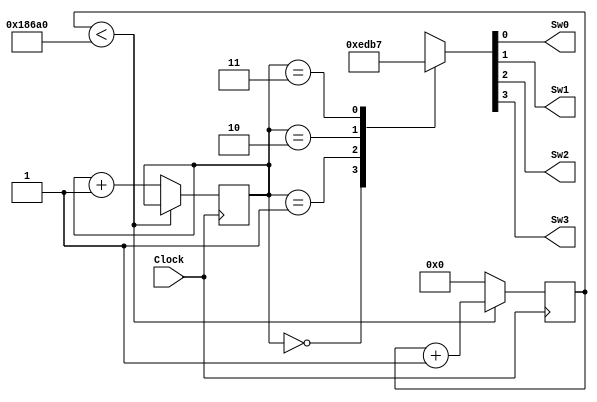
`timescale 1ns / 1ps
//////////////////////////////////////////////////////////////////////////////////
// Company: 
// Engineer: 
// 
// Design Name: 
// Module Name:    Selectordigito 
// Project Name: 
// Target Devices: 
// Tool versions: 
// Description: 
//
// Dependencies: 
//
// Revision: 
// Revision 0.01 - File Created
// Additional Comments: 
//
//////////////////////////////////////////////////////////////////////////////////
module Selectordigito(Clock,Sw0,Sw1,Sw2,Sw3);
	
	 input Clock;
    output reg Sw0;
    output reg Sw1;
    output reg Sw2;
    output reg Sw3;
	 	 	 	  
	reg [1:0] digito=0;
	reg [3:0] Switch=0;
	reg [25:0] counter=0;

	always@(posedge Clock)
	begin

			if(counter < 100000)
					counter <= counter +1;
				else 
					begin
						counter <= 0;
						digito <= digito+ 1;
					end
	end

	always@(digito or Switch)
	begin 

	case(digito)
		
				2'b00 : Switch = 4'b1110;
				2'b01 : Switch = 4'b1101;
				2'b10 : Switch = 4'b1011;
				2'b11 : Switch = 4'b0111;
				default Switch = 4'bxxxx;
		
		endcase

				Sw0 = Switch[0];
				Sw1 = Switch[1];
				Sw2 = Switch[2];
				Sw3 = Switch[3];
	end
								
	endmodule